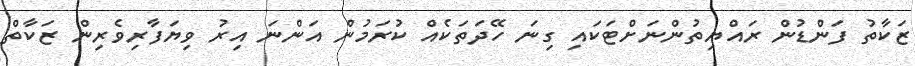
ޒަކާތު ފަންޑުން ރައްޔިތުންނަށްޓަކައި ގިނަ ހޭދަތަކެއް ކުރަމުން އަންނަ އިރު ވިޔަފާރިވެރިން ޒަކާތް